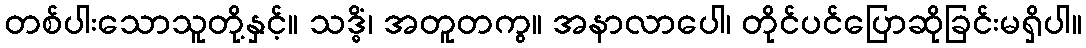
တစ်ပါးသောသူတို့နှင့်။ သဒ္ဓိံ၊ အတူတကွ။ အနာလာပေါ၊ တိုင်ပင်ပြောဆိုခြင်းမရှိပါ။